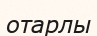
отарлы